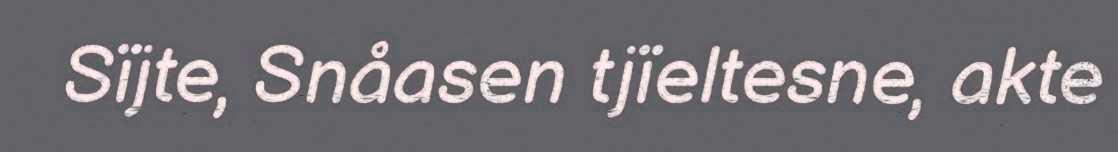
Sïjte, Snåasen tjïeltesne, akte